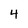
Character: 4